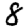
Digit: 8